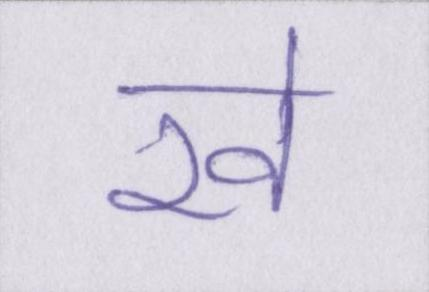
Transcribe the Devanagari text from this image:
रवे